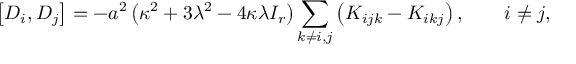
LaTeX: \left[ D _ { i } , D _ { j } \right] = - a ^ { 2 } \left( \kappa ^ { 2 } + 3 \lambda ^ { 2 } - 4 \kappa \lambda I _ { r } \right) \sum _ { k \ne i , j } \left( K _ { i j k } - K _ { i k j } \right) , \qquad i \ne j ,